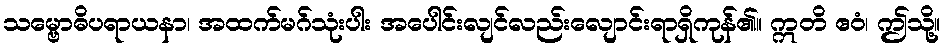
သမ္ဗောဓိပရာယနာ၊ အထက်မဂ်သုံးပါး အပေါင်းလျင်လည်းလျောင်းရာရှိကုန်၏။ ဣတိ ဧဝံ၊ ဤသို့။